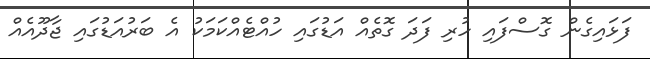
ފަޅައިގެން ގޮސްފައި ހުރި ފަދަ ގޮތެއް އަޑުގައި ހުއްޓެއްކަމަކު އެ ބަރުއަޑުގައި ޖާދޫއެއް